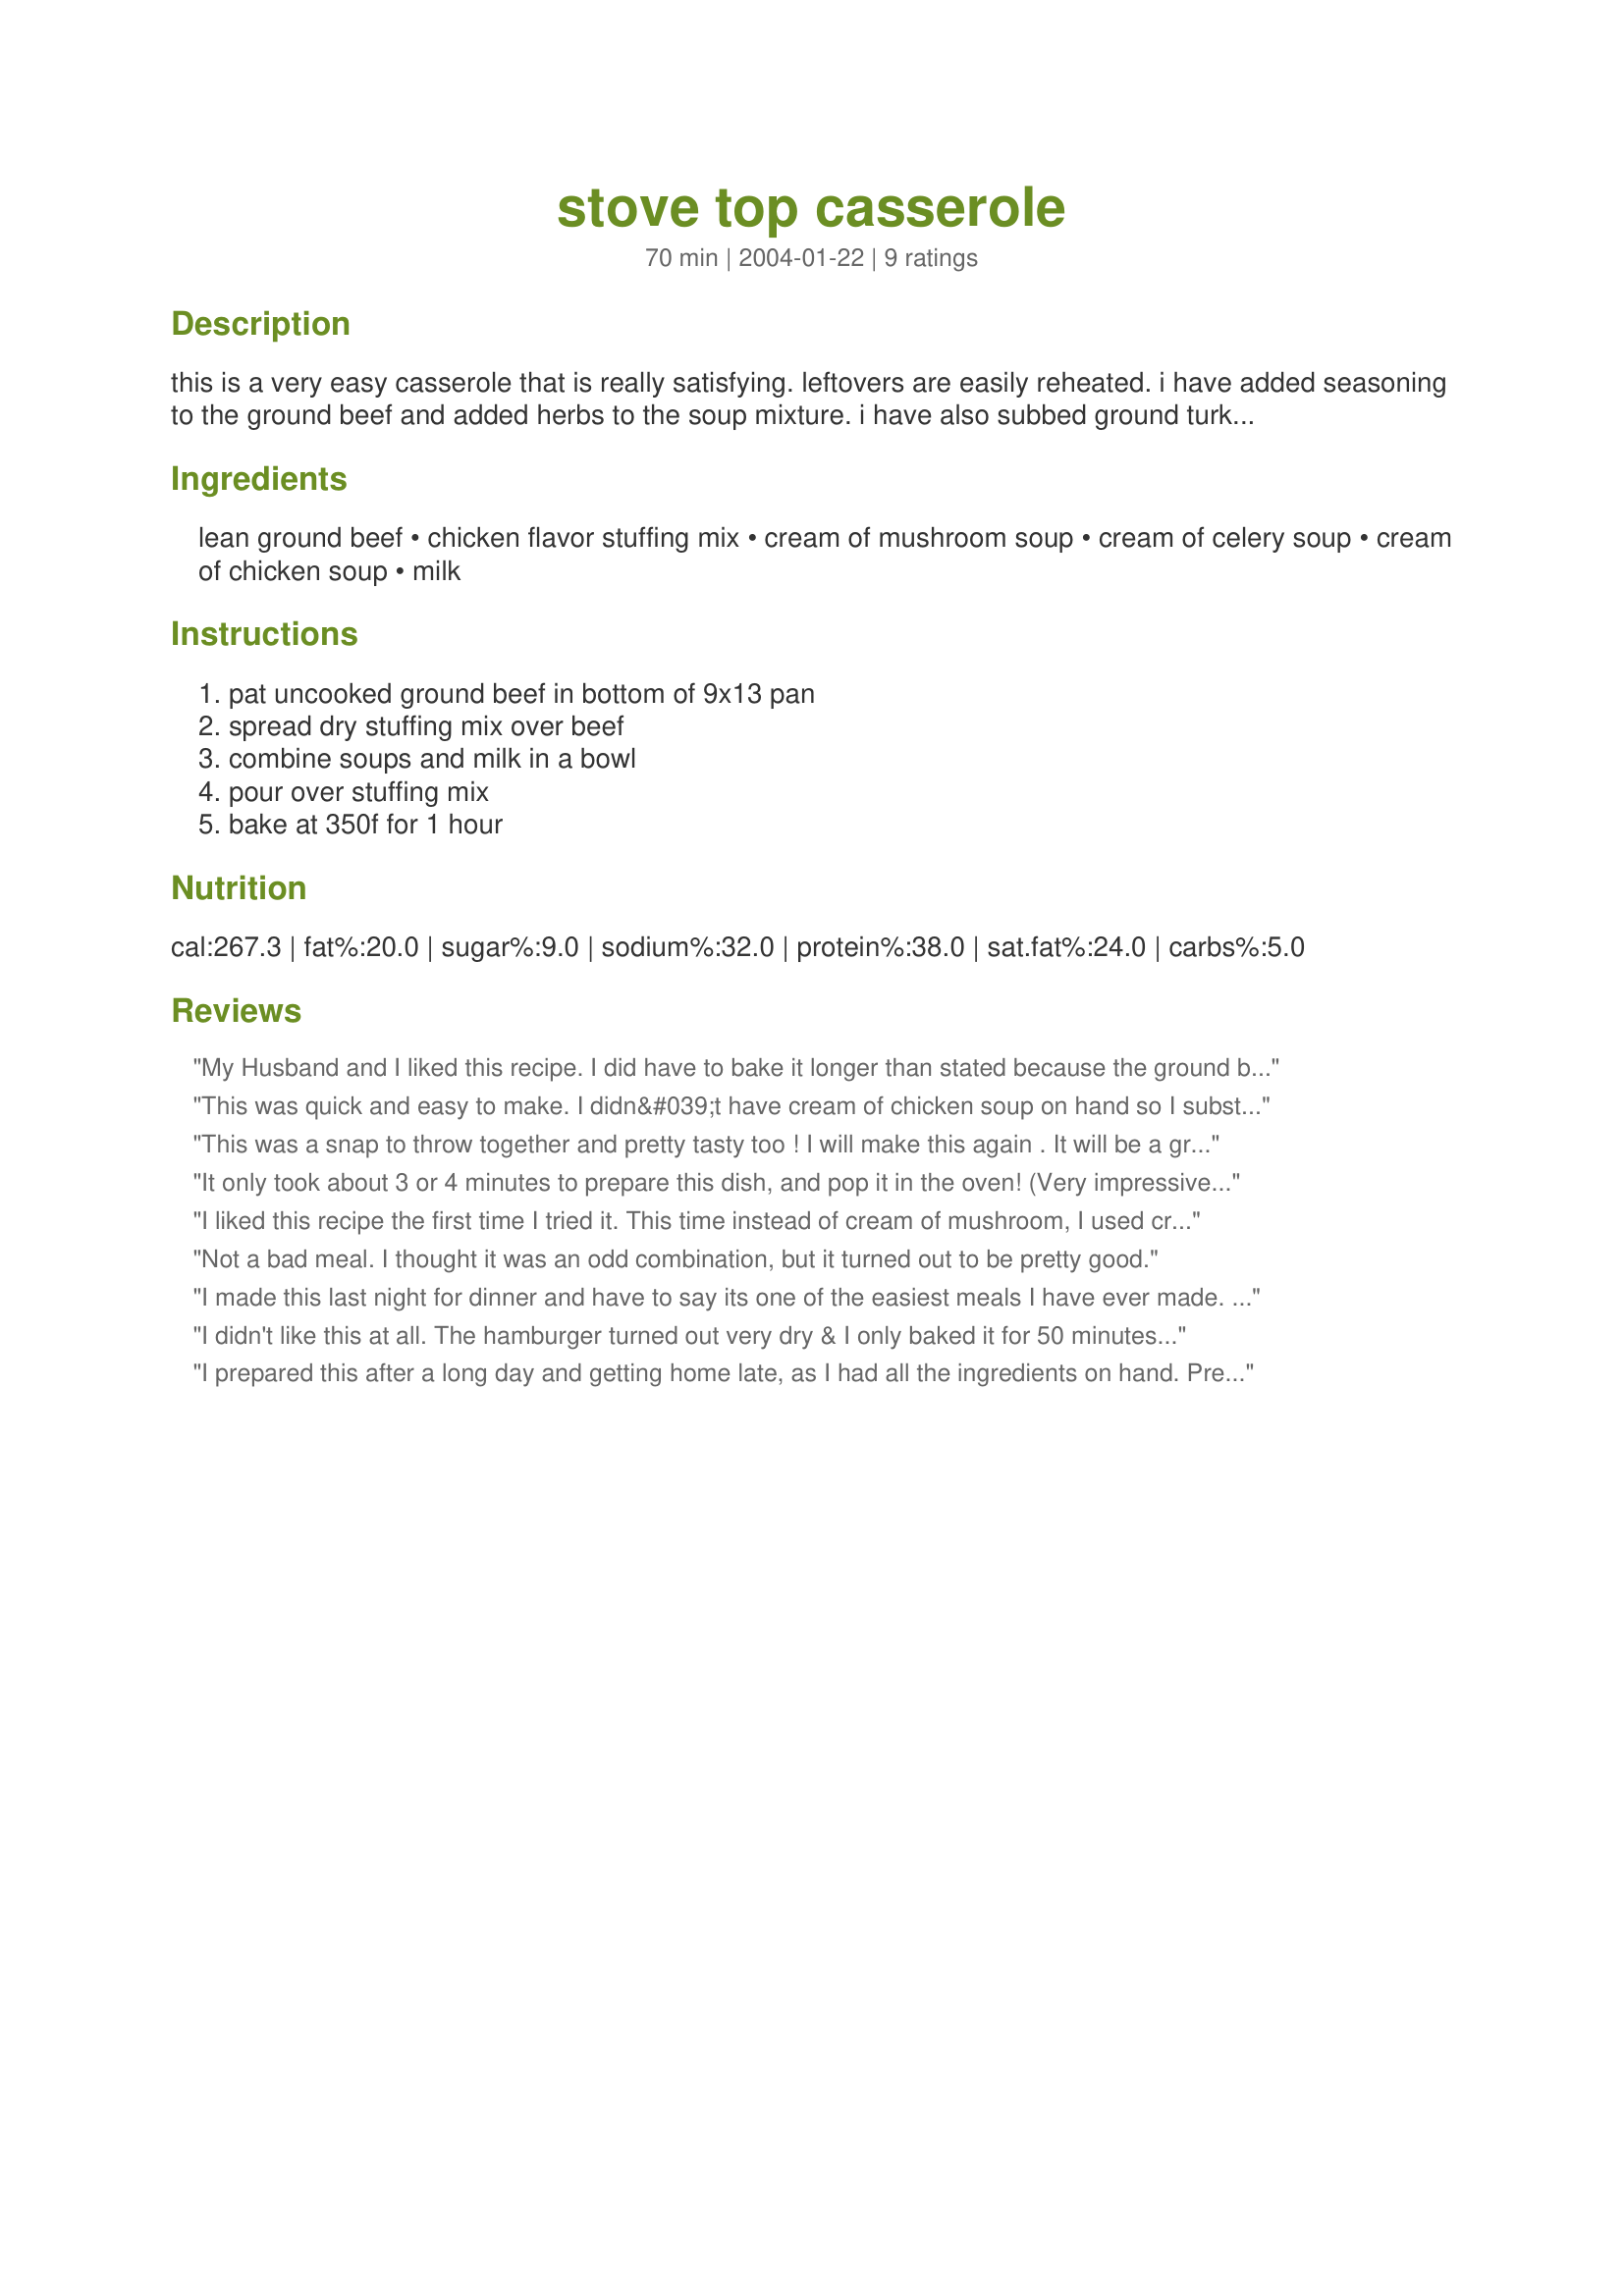
stove top casserole
Preparation time: 70 minutes

this is a very easy casserole that is really satisfying. leftovers are easily reheated. i have added seasoning to the ground beef and added herbs to the soup mixture. i have also subbed ground turkey for the beef. my husband likes this served with green beans.

Ingredients:
lean ground beef, chicken flavor stuffing mix, cream of mushroom soup, cream of celery soup, cream of chicken soup, milk

Steps:
pat uncooked ground beef in bottom of 9x13 pan, spread dry stuffing mix over beef, combine soups and milk in a bowl, pour over stuffing mix, bake at 350f for 1 hour

Reviews:
My Husband and I liked this recipe. I did have to bake it longer than stated because the ground beef wasn't cooked. But it had a great flavor. Thank you for the recipe.
This was quick and easy to make. I didn&#039;t have cream of chicken soup on hand so I substituted cheddar cheese soup instead. It was very tasty. My son enjoyed it also. I&#039;ll definitely make this again.
This was a snap to throw together and pretty tasty too ! I will make this again . It will be a great winter meal , as it was warm and very filling !!
It only took about 3 or 4 minutes to prepare this dish, and pop it in the oven! (Very impressive!!!) I used 2 cans of cream of chicken soup, and 1 can of cream of celery. I had a worrying moment when I inadvertantly added water instead of milk, but the casserole was still delicious. I served it with mashed potatoes on the side. If you're looking for a no-fuss meal that is quick to put together, hearty, and tasty, this is the one!
I liked this recipe the first time I tried it. This time instead of cream of mushroom, I used cream of broccoli and added garlic and corn. This is very easy and super versitile.
Not a bad meal. I thought it was an odd combination, but it turned out to be pretty good.
I made this last night for dinner and have to say its one of the easiest meals I have ever made. Made exactly as instructed! My 3 yr old and I really enjoyed this. Thanks so much..this will be made again!
I didn't like this at all. The hamburger turned out very dry & I only baked it for 50 minutes. To me this would probably be better if it was made with chicken.
I prepared this after a long day and getting home late, as I had all the ingredients on hand. Preparation was a snap! It took more like 5 minutes.
I added a layer of corn niblets in between the hamburger and stuffing (sneaking in veggies is always good!)This got a HUGE thumbs up from everyone, even my picky 4 yr old DD!
Simple, delicious, quick and easy...all adds up to a winning recipe!
Thanks so much for sharing.
